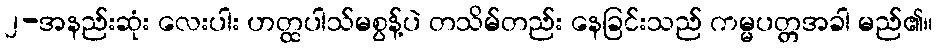
၂-အနည်းဆုံး လေးပါး ဟတ္ထပါသ်မစွန့်ပဲ တသိမ်တည်း နေခြင်းသည် ကမ္မပတ္တအခါ မည်၏။